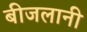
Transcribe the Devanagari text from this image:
बीजलानी